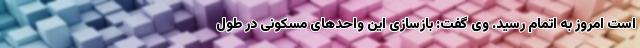
است امروز به اتمام رسید. وی گفت: بازسازی این واحدهای مسکونی در طول